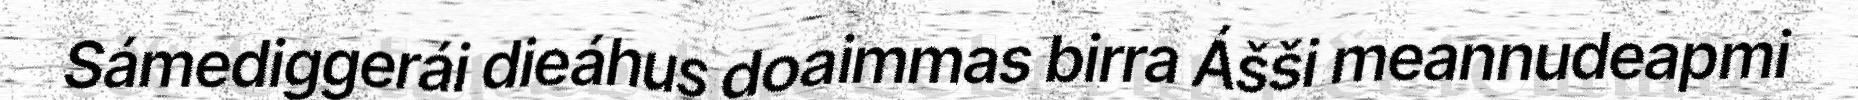
Sámediggerái dieáhus doaimmas birra Ášši meannudeapmi